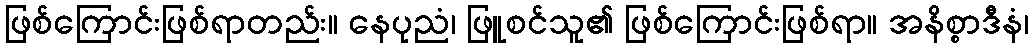
ဖြစ်ကြောင်းဖြစ်ရာတည်း။ နေပုညံ၊ ဖြူစင်သူ၏ ဖြစ်ကြောင်းဖြစ်ရာ။ အနိစ္စာဒီနံ၊